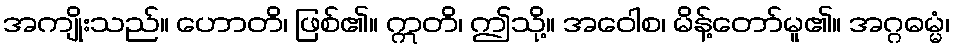
အကျိုးသည်။ ဟောတိ၊ ဖြစ်၏။ ဣတိ၊ ဤသို့။ အဝေါစ၊ မိန့်တော်မူ၏။ အဂ္ဂဓမ္မံ၊